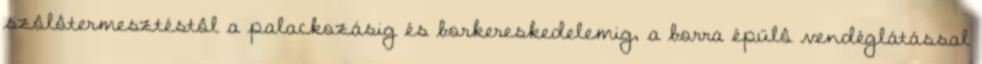
szôlôtermesztéstôl a palackozásig és borkereskedelemig, a borra épülô vendéglátással